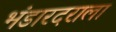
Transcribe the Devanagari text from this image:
भंडारदराला